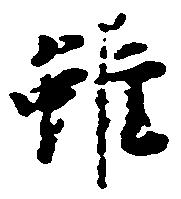
雖